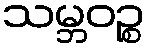
သမ္ဘဝဉ္စ